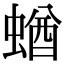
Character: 蝤